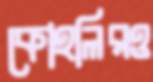
কোহলিরও